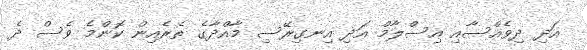
އަދި ދިވެއްސާއި އިސްލާމް އަދި އިނގިރޭސި މާއްދާގެ ތެރެއިން ކޮންމެ ވެސް ދެ